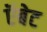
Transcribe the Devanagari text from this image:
ऍबेट